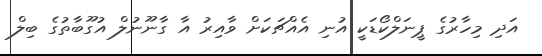
އަދި މިހާރުގެ ޕީނަލްކޯޑަކީ އުނި އެއްޗަކަށް ވާއިރު އާ ގާނޫނުލް އުގޫބާތުގެ ބިލް